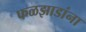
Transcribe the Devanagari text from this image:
फळझाडांना